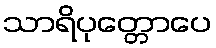
သာရိပုတ္တောပေ